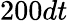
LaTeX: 200dt